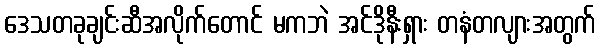
ဒေသတခုချင်းဆီအလိုက်တောင် မကဘဲ အင်ဒိုနီးရှား တနံတလျားအတွက်